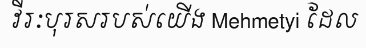
វីរៈបុរសរបស់យើង Mehmetyi ដែល